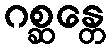
ဂစ္ဆန္တေ